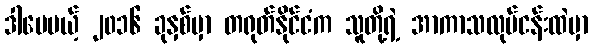
ဒါပေမယ့် ၂၀၁၆ ခုနှစ်မှာ တရုတ်နိုင်ငံက သူတို့ရဲ့ အာကာသလုပ်ငန်းထဲမှာ